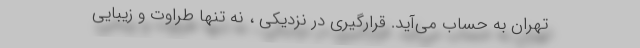
تهران به حساب می‌آید. قرارگیری در نزدیکی ، نه تنها طراوت و زیبایی